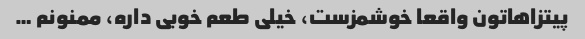
پیتزاهاتون واقعا خوشمزست، خیلی طعم خوبی داره، ممنونم …